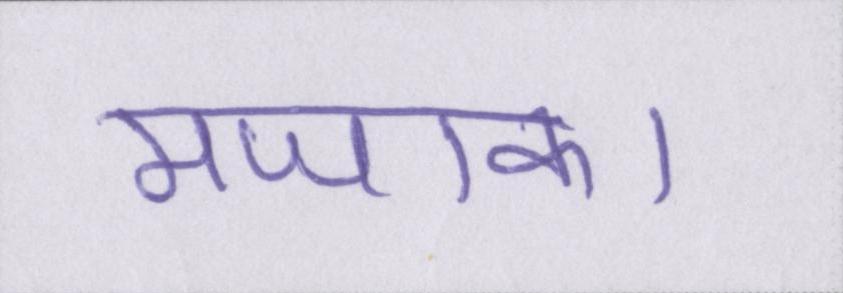
मजाक।